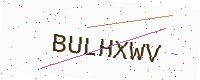
Text: BULHXWV